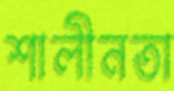
শালীনতা